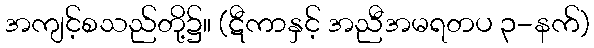
အကျင့်စသည်တို့၌။ (ဋီကာနှင့် အညီအမရတပ ၃-နက်)